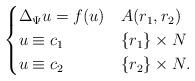
LaTeX: \begin{align*}\begin{cases} \Delta_\Psi u = f (u) & A(r_{1},r_{2}) \\ u \equiv c_{1} & \{ r_{1} \}\times N \\ u \equiv c_{2} &\{r_{2}\} \times N.\end{cases}\end{align*}